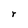
Character: r